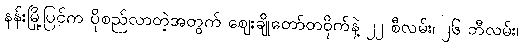
နန်းမြို့ပြင်က ပိုစည်လာတဲ့အတွက် ဈေးချိုတော်တဝိုက်နဲ့ ၂၂ စီလမ်း၊ ၂၆ ဘီလမ်း၊